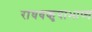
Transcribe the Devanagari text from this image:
राघवकृपाभाष्य